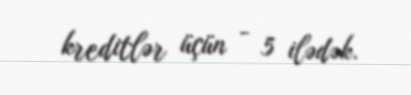
kreditlər üçün - 5 ilədək.